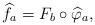
LaTeX: \begin{align*} \widehat{f}_a=F_b\circ \widehat{\varphi}_a,\end{align*}